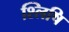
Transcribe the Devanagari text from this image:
श्लिषि